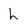
Character: L